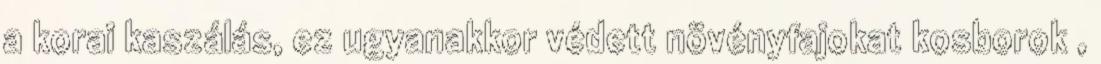
a korai kaszálás, ez ugyanakkor védett növényfajokat kosborok ,